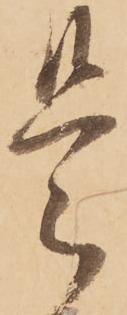
是